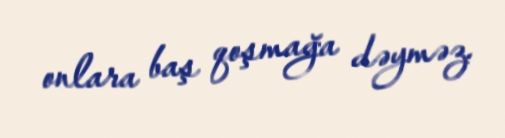
onlara baş qoşmağa dəyməz.